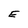
Character: E